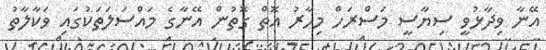
އޭނާ ވިދާޅުވީ ސިޔާސީ މަސްރަހް މިހާރު އޮތް ގޮތުން އޭނާގެ މައްސަލަތަކުގައި ވަކާލާތު